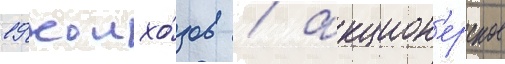
19 колхо́зов / акцион'ерское